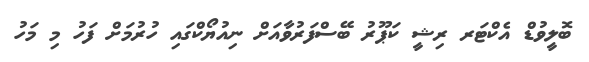
ބޮލީވުޑް އެކްޓަރ ރިޝީ ކަޕޫރު ބޭސްފަރުވާއަށް ނިއުޔޯކްގައި ހުރުމަށް ފަހު މި މަހު